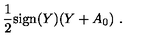
{ \frac { 1 } { 2 } } \mathrm { s i g n } ( Y ) ( Y + A _ { 0 } ) \ .